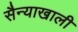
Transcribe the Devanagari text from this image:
सैन्याखाली